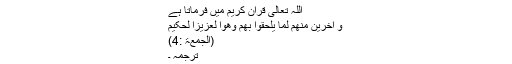
اللہ تعالیٰ قرآن کریم میں فرماتا ہے
وَ اٰخَرِیْنَ مِنْھُمْ لَمَّا یَلْحَقُوْا بِھِمْ وَھُوَا لْعَزِیْزُا لْحَکِیْم
(الجمعۃ :4)
ترجمہ ۔